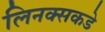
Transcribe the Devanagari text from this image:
लिनक्सकडे